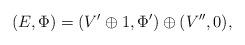
LaTeX: \begin{align*}(E,\Phi) = (V'\oplus 1,\Phi')\oplus (V'',0),\end{align*}